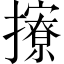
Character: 𢸘